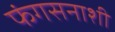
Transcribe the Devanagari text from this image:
फंगसनाशी